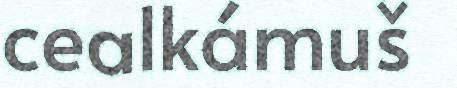
cealkámuš